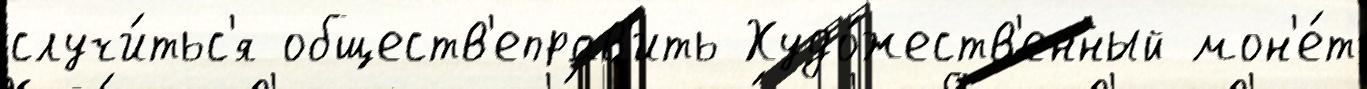
случи́тьс'я обществ'еправ'ить Худо́жеств'енный мон'е́т